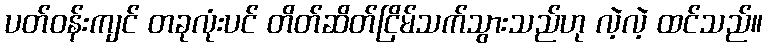
ပတ်ဝန်းကျင် တခုလုံးပင် တိတ်ဆိတ်ငြိမ်သက်သွားသည်ဟု လဲ့လဲ့ ထင်သည်။